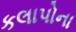
કલાપોના